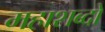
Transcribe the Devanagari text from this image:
महाशब्दों